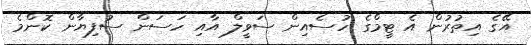
އޭގެ އިތުރުން އެ ޓީމްގެ ހުސެއިން ސަވީލް އާއި ހަސަން ސުފިޔާން ކޮންމެ